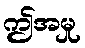
ဤအမှု